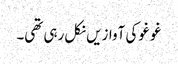
غو غو کی آوازیں نکل رہی تھی۔